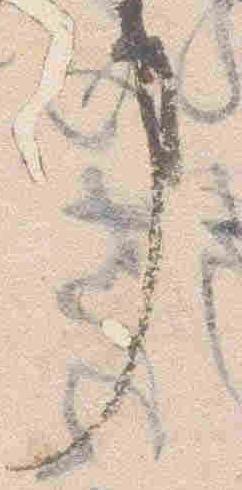
巾